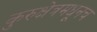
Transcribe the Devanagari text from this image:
कुरुक्षेत्रमधूनच